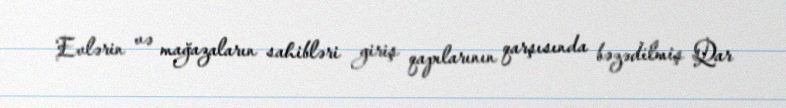
Evlərin və mağazaların sahibləri giriş qapılarının qarşısında bəzədilmiş Qar